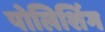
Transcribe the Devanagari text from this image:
पोलिशिंग